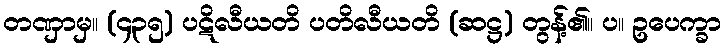
တဏှာမှ။ (၄၃၅) ပဋိလီယတိ ပတိလီယတိ (ဆဋ္ဌ) တွန့်၏။ ပ။ ဥပေက္ခာ